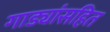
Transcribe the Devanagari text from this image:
गाड्यांसहित